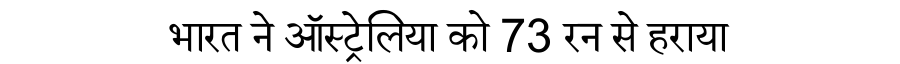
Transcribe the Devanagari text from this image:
भारत ने ऑस्ट्रेलिया को 73 रन से हराया